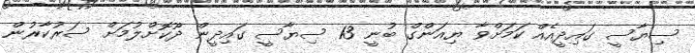
ސިޔާސީ ގައިދީއެއް ކަމަށްވާ ޔިއަންގް ބުނީ 13 ސިޔާސީ ގައިދީން ދޫކޮށްލުމަށް ސަރުކާރުން